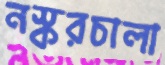
নস্করচালা